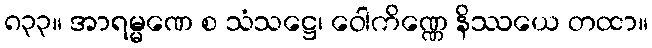
၈၃၃။ အာရမ္မဏေ စ သံသဋ္ဌေ၊ ဝေါကိဏ္ဏေ နိဿယေ တထာ။